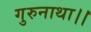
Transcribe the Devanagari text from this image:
गुरुनाथा।।